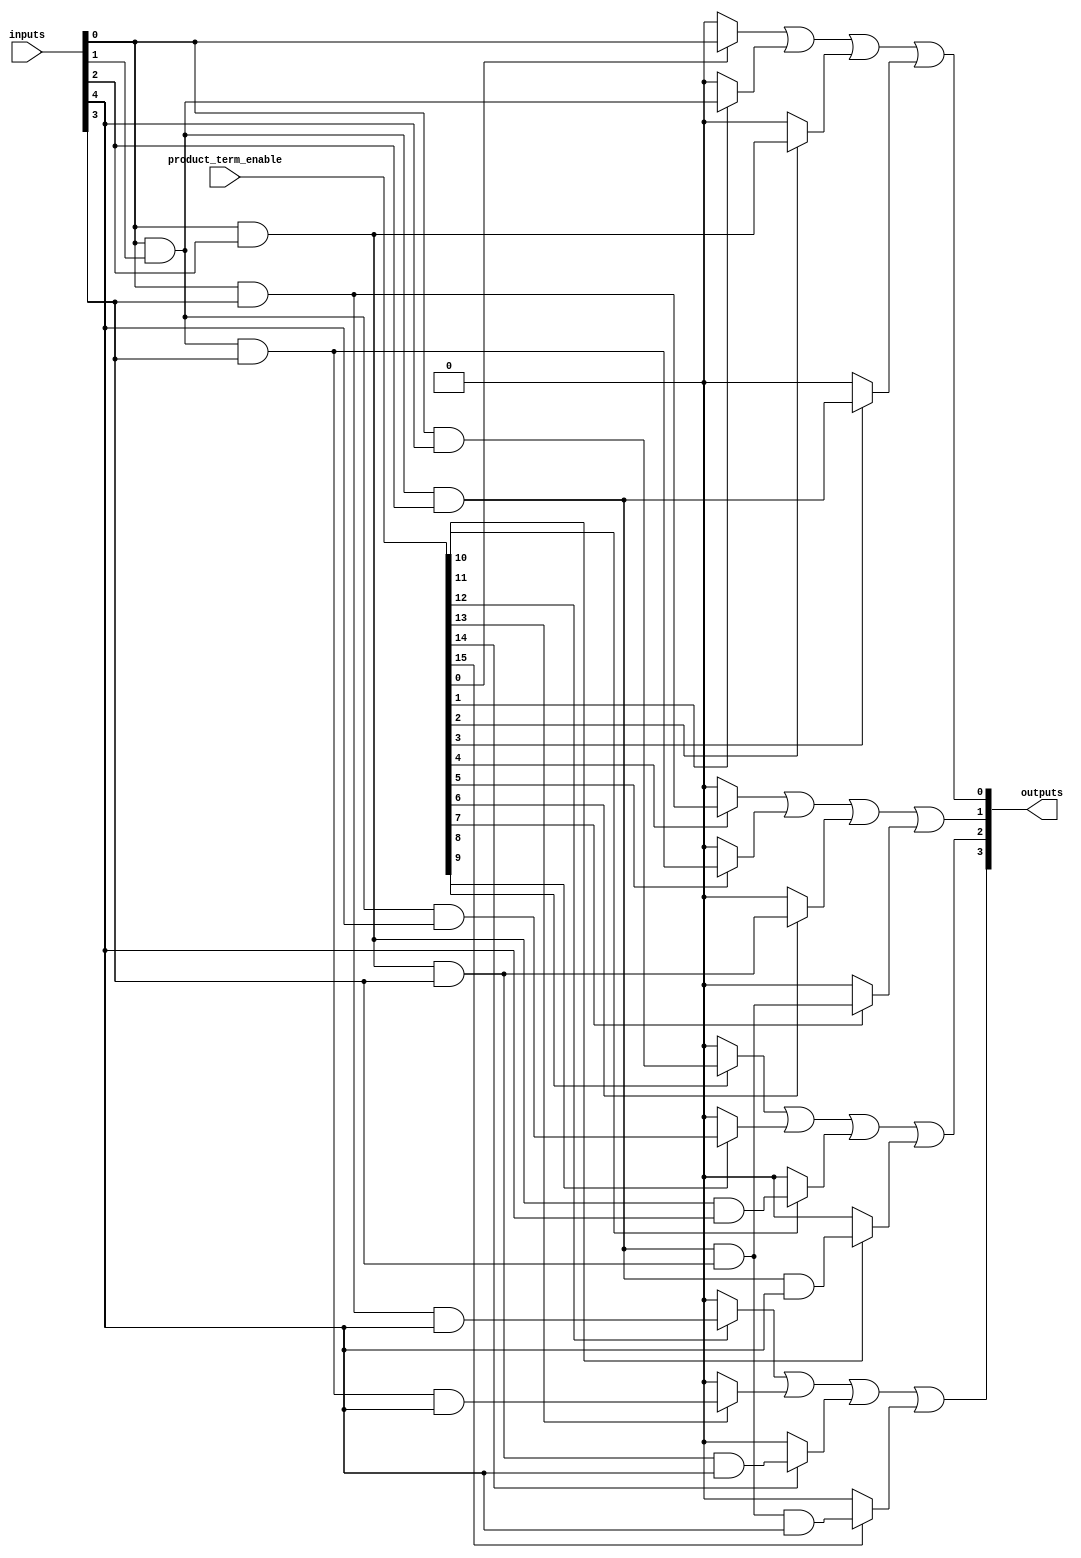
module HS_PAL #(
    parameter NUM_INPUTS = 8,         // Number of inputs
    parameter NUM_PRODUCT_TERMS = 16, // Number of programmable AND gates
    parameter NUM_OUTPUTS = 4         // Number of outputs
)(
    input wire [NUM_INPUTS-1:0] inputs,  // Input signals
    input wire [NUM_PRODUCT_TERMS-1:0] product_term_enable, // Enable signals for each product term
    output wire [NUM_OUTPUTS-1:0] outputs // Output signals
);

    // Intermediate signals for the AND gates
    wire [NUM_PRODUCT_TERMS-1:0] and_outputs;

    // Programmable AND Array
    genvar i;
    generate
        for (i = 0; i < NUM_PRODUCT_TERMS; i = i + 1) begin : and_array
            // Each AND gate can be programmed to accept any combination of inputs
            assign and_outputs[i] = product_term_enable[i] ? 
                (inputs[0] & (i[0] ? inputs[1] : 1'b1) & 
                (i[1] ? inputs[2] : 1'b1) & 
                (i[2] ? inputs[3] : 1'b1) & 
                (i[3] ? inputs[4] : 1'b1) & 
                (i[4] ? inputs[5] : 1'b1) & 
                (i[5] ? inputs[6] : 1'b1) & 
                (i[6] ? inputs[7] : 1'b1)) : 1'b0;
        end
    endgenerate

    // Fixed OR Array
    assign outputs[0] = and_outputs[0] | and_outputs[1] | and_outputs[2] | and_outputs[3];
    assign outputs[1] = and_outputs[4] | and_outputs[5] | and_outputs[6] | and_outputs[7];
    assign outputs[2] = and_outputs[8] | and_outputs[9] | and_outputs[10] | and_outputs[11];
    assign outputs[3] = and_outputs[12] | and_outputs[13] | and_outputs[14] | and_outputs[15];

endmodule